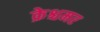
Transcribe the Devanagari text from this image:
क्रेश्चमर